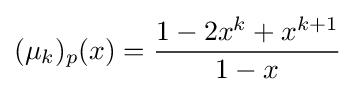
(\mu _{k})_{p}(x)={\frac {1-2x^{k}+x^{k+1}}{1-x}}